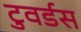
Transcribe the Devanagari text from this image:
टुवर्डस